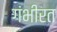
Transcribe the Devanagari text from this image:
गंभीरत